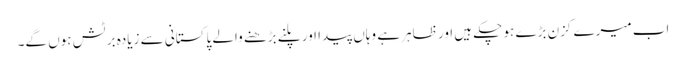
اب میرے کزن بڑے ہو چکے ہیں اور ظاہر ہے وہاں پیدا اور پلنے بڑھنے والے پاکستانی سے زیادہ برٹش ہوں گے۔